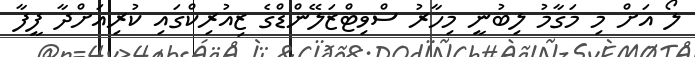
ލޯ އަށް މި މަގާމު ލިބުނީ މިހާރު ސްވިޓްޒަލޭންޑްގެ ޒިއުރިކްގައި ކުރިއަށްދާ ފީފާ